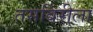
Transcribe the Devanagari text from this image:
तसबिरीला